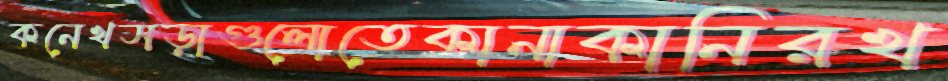
কনেখসড়াগুলোতেকানাকানিরখ